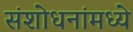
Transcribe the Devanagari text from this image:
संशोधनांमध्ये